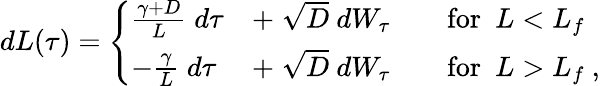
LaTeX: \begin{array}{r}{dL(\tau)=\left\{ \begin{array}{ll}{\frac{\gamma+D}{L}\; d\tau}&{+\; \sqrt{D}\ dW_{\tau}\qquad\mathrm{for}\ \ L<L_{f}}\\ {-\frac{\gamma}{L}\; d\tau}&{+\; \sqrt{D}\ dW_{\tau}\qquad\mathrm{for}\ \ L>L_{f}\ ,}\end{array}\right.}\end{array}